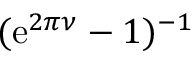
( \mathrm { e } ^ { 2 \pi \nu } - 1 ) ^ { - 1 }